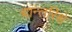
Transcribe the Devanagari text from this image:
चान्तरिक्षे